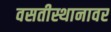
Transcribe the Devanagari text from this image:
वसतीस्थानावर